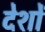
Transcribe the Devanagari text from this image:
देशों